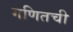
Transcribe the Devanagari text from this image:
गणितची